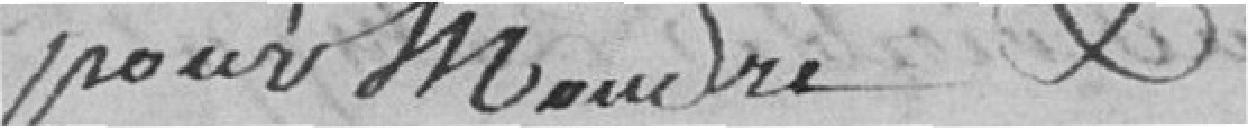
pour moudre et